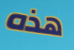
هذه